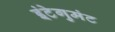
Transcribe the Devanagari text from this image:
इंटेगुमंट